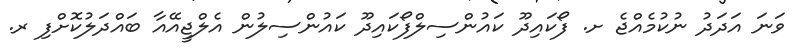
ވަނަ އަދަދު ނުކުމެއްޖެ ށ. ފޯކައިދޫ ކައުންސިލްފޯކައިދޫ ކައުންސިލުން އެލްޖީއޭއާ ބައްދަލުކޮށްފި ރ.